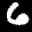
Label: 6